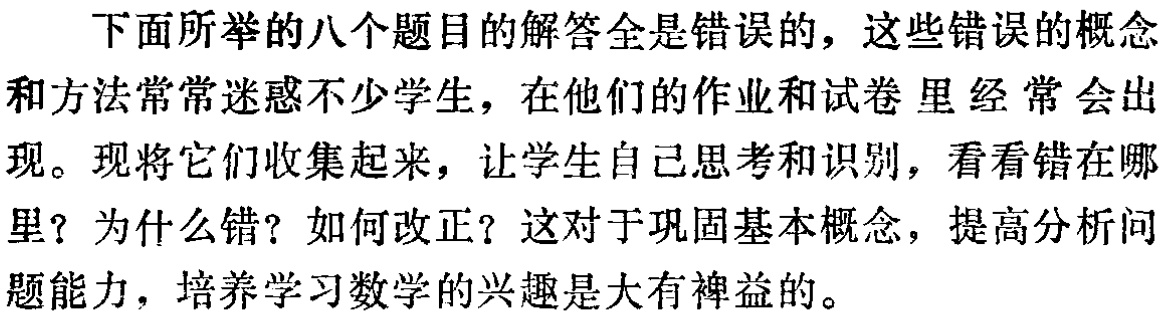
下面所举的八个题目的解答全是错误的，这些错误的概念和方法常常迷惑不少学生，在他们的作业和试卷里经常会出现。现将它们收集起来，让学生自己思考和识别，看看错在哪里？为什么错？如何改正？这对于巩固基本概念，提高分析问题能力，培养学习数学的兴趣是大有裨益的。